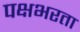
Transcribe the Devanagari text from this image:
पक्षभरता